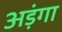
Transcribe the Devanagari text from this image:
अड़ंगा